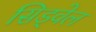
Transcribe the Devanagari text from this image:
सिड्वेल